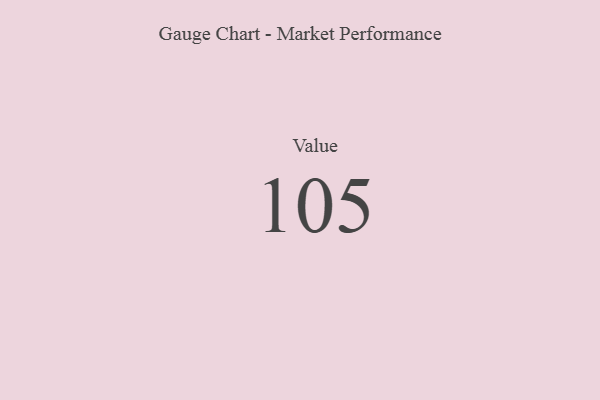
{"axis": {"x": "Metric", "y": "Value"}, "legend": [""], "data": [{"x": "Value", "y": 105, "type": ""}]}